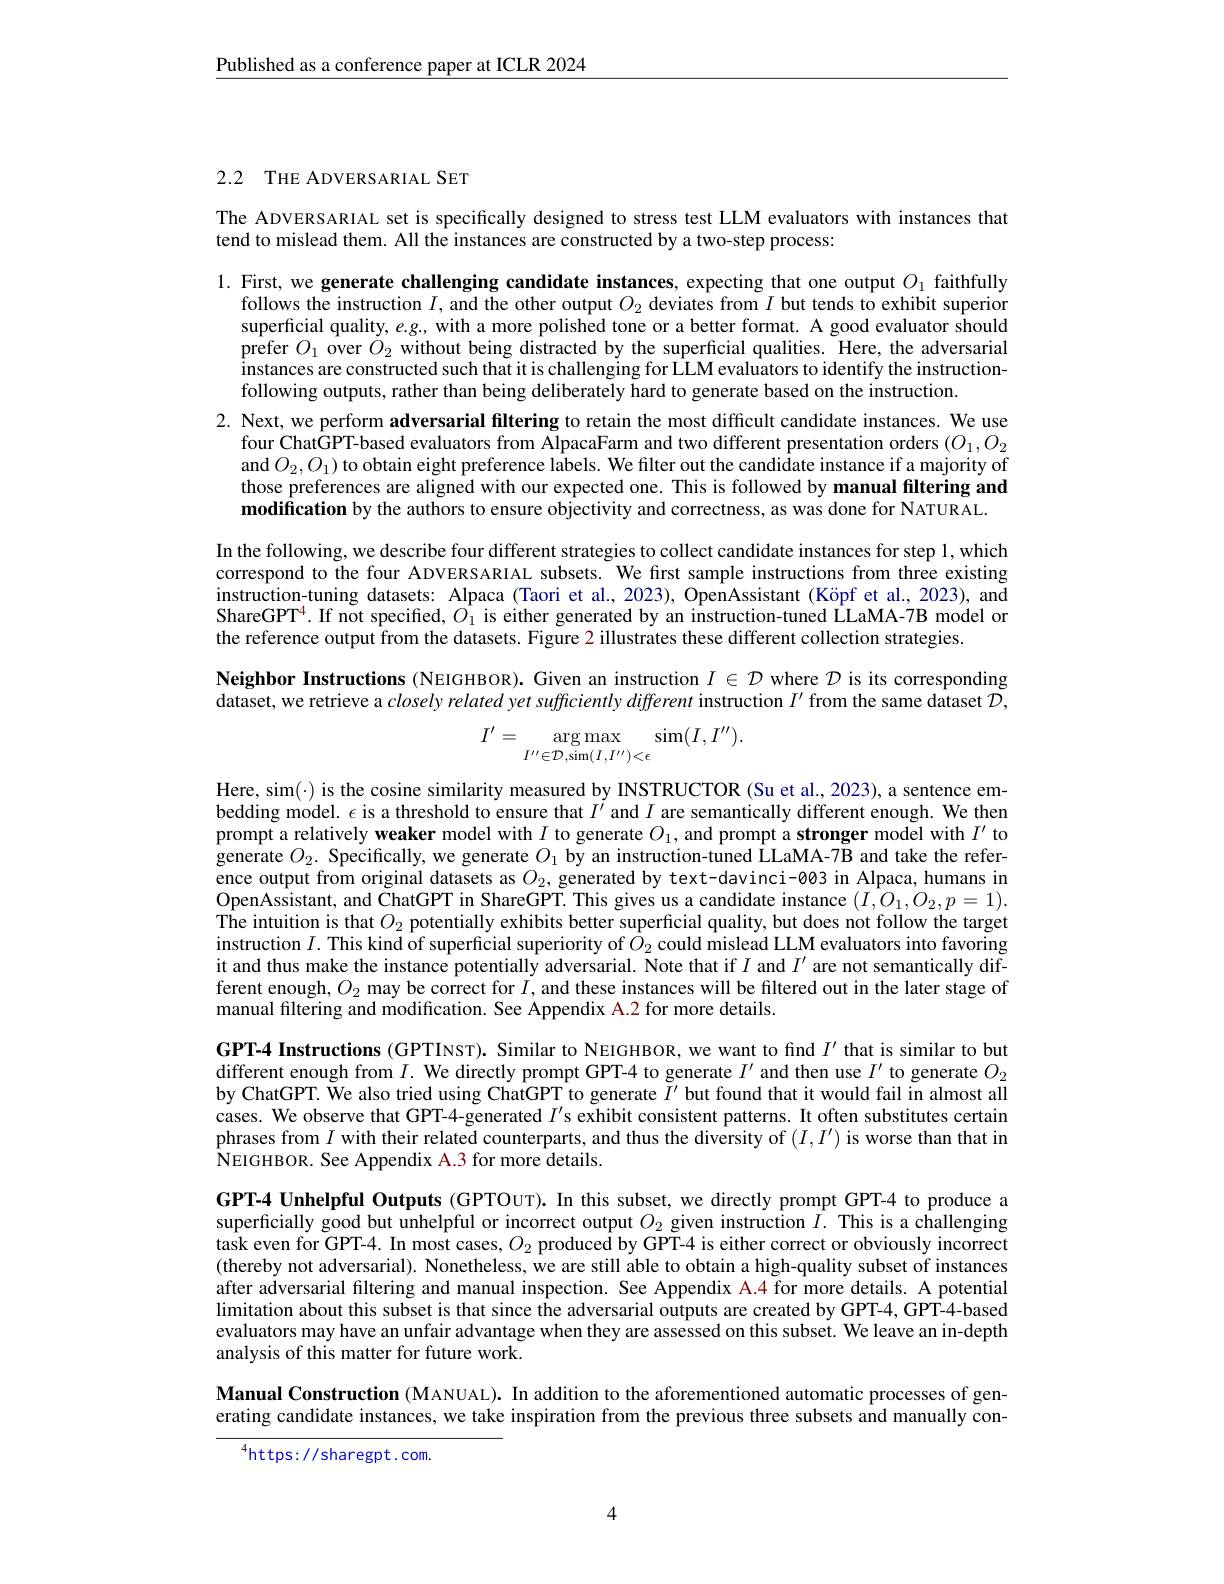
$\underline{\text{Published as a conference paper at ICLR 2024}}$

2.2 THE ADVERSARIAL SET

The ADVERSARIAL set is specifically designed to stress test LLM evaluators with instances that
tend to mislead them. All the instances are constructed by a two-step process:

1. First, we generate challenging candidate instances, expecting that one output $O_{1}$ faithfully
follows the instruction $I$, and the other output $O_2$ deviates from $I$ but tends to exhibit superior superficial quality, $e.g.$ with a more polished tone or a better format. A good evaluator should prefer $O_{1}$ over $\dot{O}_{2}$ without being distracted by the superficial qualities. Here, the adversarial instances are constructed such that it is challenging for LLM evaluators to identify the instructionfollowing outputs, rather than being deliberately hard to generate based on the instruction.
2. Next, we perform adversarial filtering to retain the most difficult candidate instances. We use
four ChatGPT-based evaluators from AlpacaFarm and two different presentation orders $(O_1,O_2$ and $O_2,O_1)$ to obtain eight preference labels. We filter out the candidate instance if a majority of those preferences are aligned with our expected one. This is followed by manual filtering and modification by the authors to ensure objectivity and correctness, as was done for NATURAL.
In the following, we describe four different strategies to collect candidate instances for step 1, which correspond to the four ADVERSARIAL subsets. We first sample instructions from three existing instruction-tuning datasets: Alpaca (Taori et al., 2023), OpenAssistant (Köpf et al., 2023), and ShareGPT$^4.$ If not specified, $O_1$ is either generated by an instruction-tuned LLaMA-7B model or the reference output from the datasets. Figure 2 illustrates these different collection strategies.
Neighbor Instructions (NEIGHBOR). Given an instruction $I\in\mathcal{D}$ where $\mathcal{D}$ is its corresponding $\bar{\text{dataset, we retrieve a }closely\textit{related yet sufficiently different instruction }I^{\prime}\text{ from the same dataset }\mathcal{D},}$
$$I^{\prime}=\arg\max_{I^{\prime\prime}\in\mathcal{D},\sin(I,I^{\prime\prime})<\epsilon}\sin(I,I^{\prime\prime}).$$
Here, sim(·) is the cosine similarity measured by INSTRUCTOR (Su et al., 2023), a sentence embedding model. $\epsilon$ is a threshold to ensure that $I^{\prime}$ and $I$ are semantically different enough. We then prompt a relatively weaker model with $I$ to generate $O_1$, and prompt a stronger model with $I^{\prime}$ to generate $O_2.$ Specifically, we generate $O_1$ by an instruction-tuned LLaMA-7B and take the reference output from original datasets as $O_2$, generated by text-davinci-003 in Alpaca, humans in $\begin{array}{ll}\text{OpenAssistant, and ChatGPT in ShareGPT. This gives us a candidate instance }(I,O_{1},O_{2},p=1).\\\text{The intuition is that }O_{2}\text{ potentially exhibits better superficial quality, but does not follow the target}\end{array}$ instruction $I.$ This kind of superficial superiority of $\bar{O}_2$ could mislead LLM evaluators into favoring it and thus make the instance potentially adversarial. Note that if $I$ and $I^\prime$ are not semantically different enough, $O_2$ may be correct for $I$, and these instances will be filtered out in the later stage of manual filtering and modification. See Appendix A.2 for more details.
GPT-4 Instructions (GPTINST). Similar to NEIGHBOR, we want to find $I^{\prime}$ that is similar to but different enough from $I.$ We directly prompt GPT-4 to generate $I^\prime$ and then use $I^\prime$ to generate $O_2$ by ChatGPT. We also tried using ChatGPT to generate $\tilde{I}^{\prime}$ but found that it would fail in almost all cases. We observe that GPT-4-generated $I^\prime$s exhibit consistent patterns. It often substitutes certain phrases from $I$ with their related counterparts, and thus the diversity of $(I,I^{\prime})$ is worse than that in NEIGHBOR. See Appendix A. 3 for more details.
GPT-4 Unhelpful Outputs (GPTOUT). In this subset, we directly prompt GPT-4 to produce a

superficially good but unhelpful or incorrect output $O_{2}$ given instruction $I.$ This is a challenging task even for GPT-4. In most cases, $O_2$ produced by GPT-4 is either correct or obviously incorrect (thereby not adversarial). Nonetheless, we are still able to obtain a high-quality subset of instances after adversarial filtering and manual inspection. See Appendix A.4 for more details. A potential limitation about this subset is that since the adversarial outputs are created by GPT-4, GPT-4-based evaluators may have an unfair advantage when they are assessed on this subset. We leave an in-depth analysis of this matter for future work.

Manual Construction (MANUAL). In addition to the aforementioned automatic processes of generating candidate instances, we take inspiration from the previous three subsets and manually con-

$^{4}$https: / sharegpt. com.

4